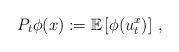
LaTeX: \begin{align*}P_t\phi (x):=\mathbb{E}\left[\phi(u^x_t)\right]\, ,\end{align*}